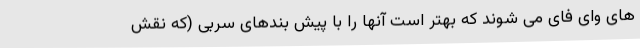
های وای فای می شوند که بهتر است آنها را با پیش بندهای سربی (که نقش